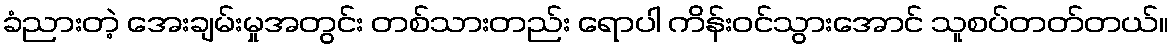
ခံညားတဲ့ အေးချမ်းမှုအတွင်း တစ်သားတည်း ရောပါ ကိန်းဝင်သွားအောင် သူစပ်တတ်တယ်။